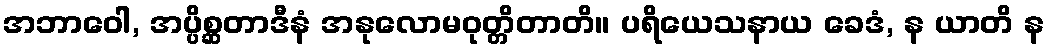
အဘာဝေါ, အပ္ပိစ္ဆတာဒီနံ အနုလောမဝုတ္တိတာတိ။ ပရိယေသနာယ ခေဒံ, န ယာတိ န